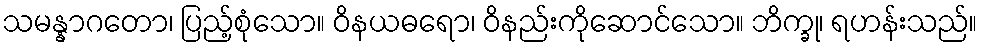
သမန္နာဂတော၊ ပြည့်စုံသော။ ဝိနယဓရော၊ ဝိနည်းကိုဆောင်သော။ ဘိက္ခု၊ ရဟန်းသည်။